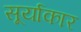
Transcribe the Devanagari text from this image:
सूर्याकार